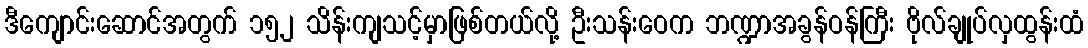
ဒီကျောင်းဆောင်အတွက် ၁၅၂ သိန်းကျသင့်မှာဖြစ်တယ်လို့ ဦးသန်းဝေက ဘဏ္ဍာအခွန်ဝန်ကြီး ဗိုလ်ချုပ်လှထွန်းထံ